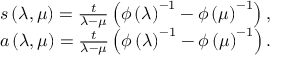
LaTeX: \begin{array} { c } { { s \left( \lambda , \mu \right) = \frac t { \lambda - \mu } \left( \phi \left( \lambda \right) ^ { - 1 } - \phi \left( \mu \right) ^ { - 1 } \right) , } } \\ { { a \left( \lambda , \mu \right) = \frac t { \lambda - \mu } \left( \phi \left( \lambda \right) ^ { - 1 } - \phi \left( \mu \right) ^ { - 1 } \right) . } } \end{array}